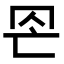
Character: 𦊀